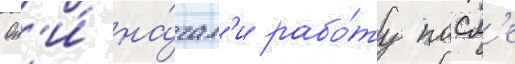
Он'и́ на́чал'и рабо́ту посл'е